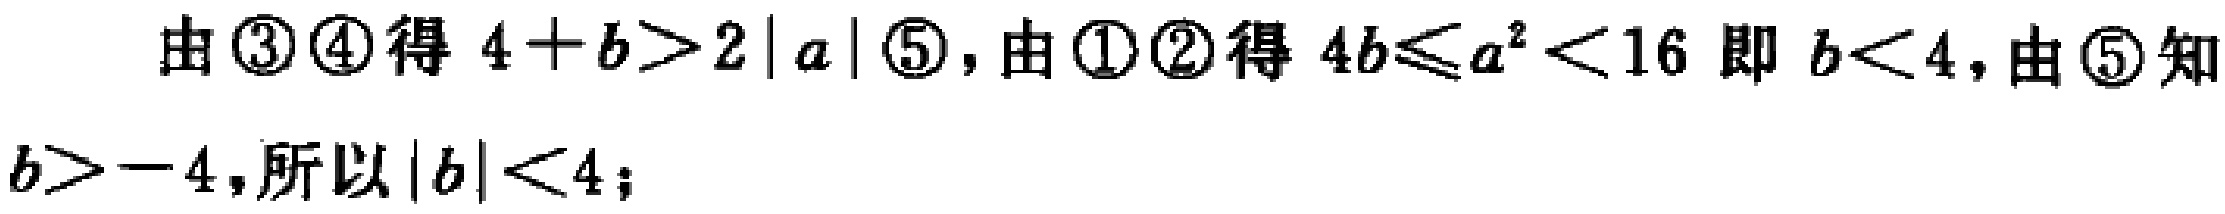
由\textcircled{3}\textcircled{4}得 \(4 + b>2|a|\)\textcircled{5}，由\textcircled{1}\textcircled{2}得 \(4b\leqslant a^{2}<16\) 即 \(b<4\)，由\textcircled{5}知 \(b > - 4\)，所以 \(|b|<4\)；